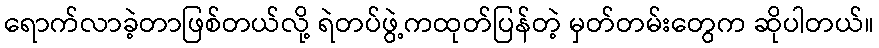
ရောက်လာခဲ့တာဖြစ်တယ်လို့ ရဲတပ်ဖွဲ့ကထုတ်ပြန်တဲ့ မှတ်တမ်းတွေက ဆိုပါတယ်။